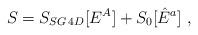
LaTeX: \begin{align*} S= S_{SG\, 4D}[E^A] + S_{0}[\hat{E}^a] \; ,\end{align*}